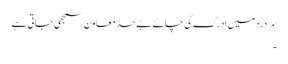
سَر درد میں ادرک کی چائے بے حد معاون سمجھی جاتی ہے
۔